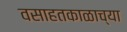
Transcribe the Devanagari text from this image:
वसाहतकाळाच्या